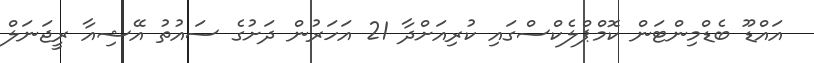
އައްޑޫ ބެޑްމިންޓަން ކޮމްޕްލެކްސްގައި ކުރިއަށްދާ 21 އަހަރުން ދަށުގެ ސައުތު އޭޝިއާ ރީޖަނަލް